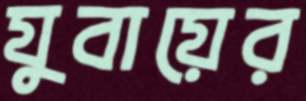
যুবায়ের